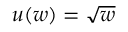
u ( w ) = \sqrt { w }